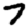
Digit: 7